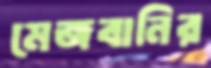
মেজবানির